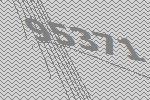
95371